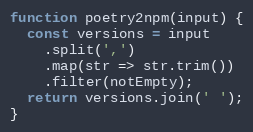
Language: JavaScript
function poetry2npm(input) {
  const versions = input
    .split(',')
    .map(str => str.trim())
    .filter(notEmpty);
  return versions.join(' ');
}